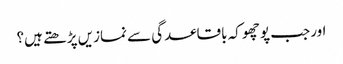
اور جب پوچھو کہ باقاعدگی سے نمازیں پڑھتے ہیں؟